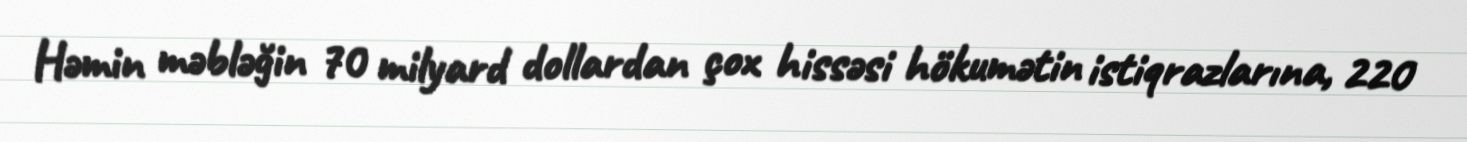
Həmin məbləğin 70 milyard dollardan çox hissəsi hökumətin istiqrazlarına, 220